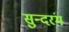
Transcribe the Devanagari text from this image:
सुन्दरंम